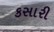
કસારી